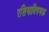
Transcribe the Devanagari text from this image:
रशियाविषयक